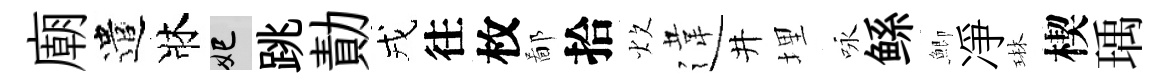
廟遣牀妃跳勣戎往枚鄙拾炊違井埋咏鲧鯽凈琳楔瑀